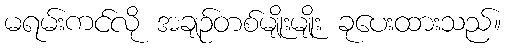
မရမ်းကင်လို အချဉ်တစ်မျိုးမျိုး ခုပေးထားသည်။